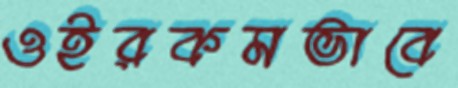
ওইরকমভাবে